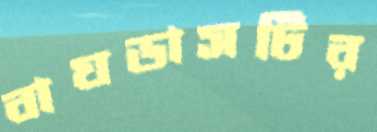
বাঘডাসটির